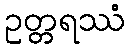
ဥတ္တရဿံ